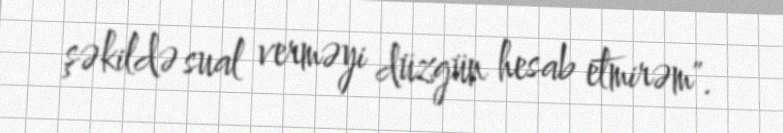
şəkildə sual verməyi düzgün hesab etmirəm".